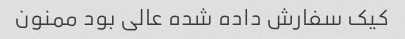
کیک سفارش داده شده عالی بود ممنون